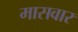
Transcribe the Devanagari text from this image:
मासवार